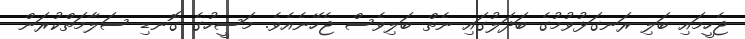
ޖެހީމައި ބަލި ރަނގަޅުވުމުގެ ބަދަލުގައި ނެތް ބަލިވެސް ޖެހޭނެއެވެ. މަސީހުގެ ގޮނޑި ސަލާމަތްކުރަން